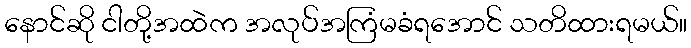
နောင်ဆို ငါတို့အထဲက အလုပ်အကြံမခံရအောင် သတိထားရမယ်။